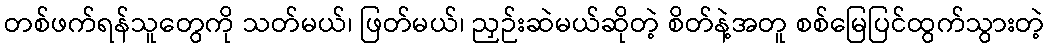
တစ်ဖက်ရန်သူတွေကို သတ်မယ်၊ ဖြတ်မယ်၊ ညှဉ်းဆဲမယ်ဆိုတဲ့ စိတ်နဲ့အတူ စစ်မြေပြင်ထွက်သွားတဲ့